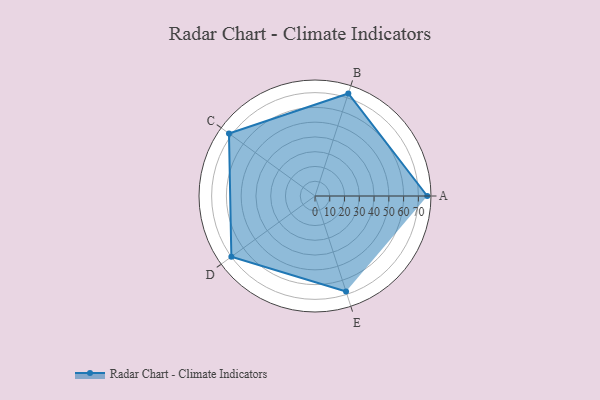
{"axis": {"x": "Skill", "y": "Score"}, "legend": ["Profile"], "data": [{"x": "A", "y": 76.0, "type": "Profile"}, {"x": "B", "y": 73.0, "type": "Profile"}, {"x": "C", "y": 72.0, "type": "Profile"}, {"x": "D", "y": 70.0, "type": "Profile"}, {"x": "E", "y": 68.0, "type": "Profile"}]}